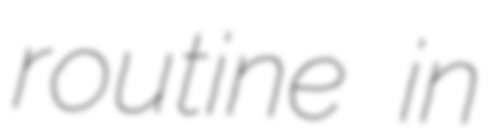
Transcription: routine in